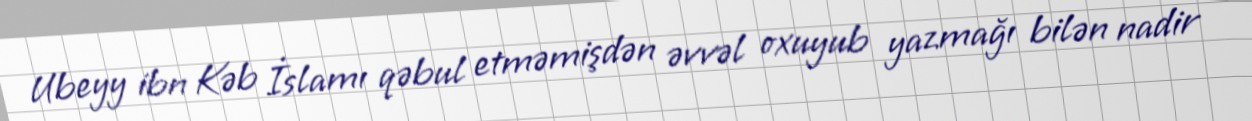
Ubeyy ibn Kəb İslamı qəbul etməmişdən əvvəl oxuyub yazmağı bilən nadir